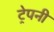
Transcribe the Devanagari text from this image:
ट्रेपनी